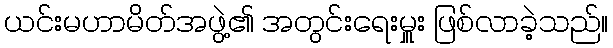
ယင်းမဟာမိတ်အဖွဲ့၏ အတွင်းရေးမှူး ဖြစ်လာခဲ့သည်။